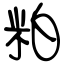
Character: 粕